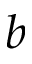
b